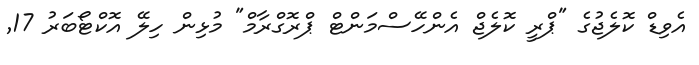
އެވިޑް ކޮލެޖުގެ "ޕްރީ ކޮލެޖް އެންހޭސްމަންޓް ޕްރޮގްރާމް" މުޅިން ހިލޭ އޮކްޓޯބަރު 17